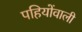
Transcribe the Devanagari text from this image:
पहियोंवाली